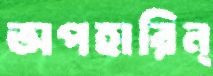
অপহারিন্